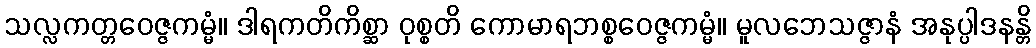
သလ္လကတ္တဝေဇ္ဇကမ္မံ။ ဒါရကတိကိစ္ဆာ ဝုစ္စတိ ကောမာရဘစ္စဝေဇ္ဇကမ္မံ။ မူလဘေသဇ္ဇာနံ အနုပ္ပါဒနန္တိ